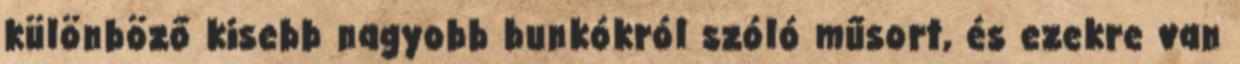
különböző kisebb nagyobb bunkókról szóló műsort, és ezekre van